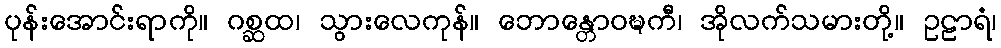
ပုန်းအောင်းရာကို။ ဂစ္ဆထ၊ သွားလေကုန်။ ဘောန္တောဝဍ္ဎကီ၊ အိုလက်သမားတို့။ ဥဠာရံ၊